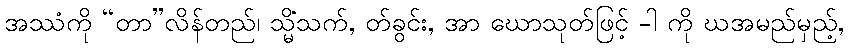
အဿံကို “တာ”လိန်တည်၊ သ္မိံသက်, တ်ခွင်း, အာ ဃောသုတ်ဖြင့် -ါ ကို ဃအမည်မှည့်,